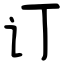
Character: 订